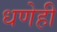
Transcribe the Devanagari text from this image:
धणेही